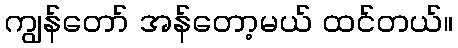
ကျွန်တော် အန်တော့မယ် ထင်တယ်။